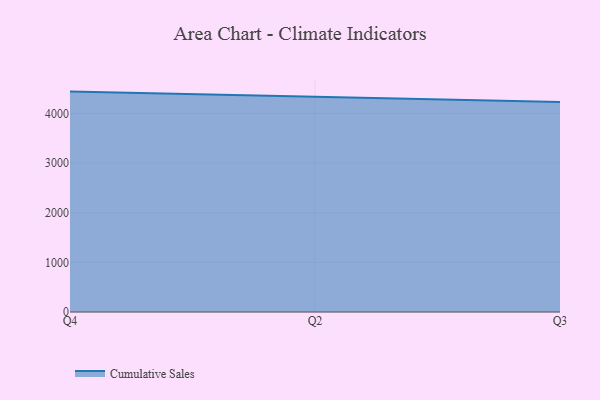
{"axis": {"x": "Quarter", "y": "Conversion Rate (%)"}, "legend": ["Cumulative Sales"], "data": [{"x": "Q4", "y": 4442.9, "type": "Cumulative Sales"}, {"x": "Q2", "y": 4345.2, "type": "Cumulative Sales"}, {"x": "Q3", "y": 4232.9, "type": "Cumulative Sales"}]}